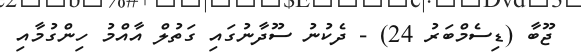
ޖޫބާ (ޑިސެމްބަރު 24) - ދެކުނު ސޫދާނުގައި ގަތުލް އާއްމު ހިންގުމާއި